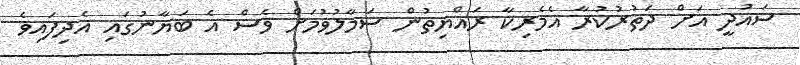
ސައުދީ އަށް ދަތުރުކުރާ އެމެރިކާ ރައްޔިތުން ސަމާލުވުމަށް ވެސް އެ ބަޔާނުގައި އެދިފައިވެ